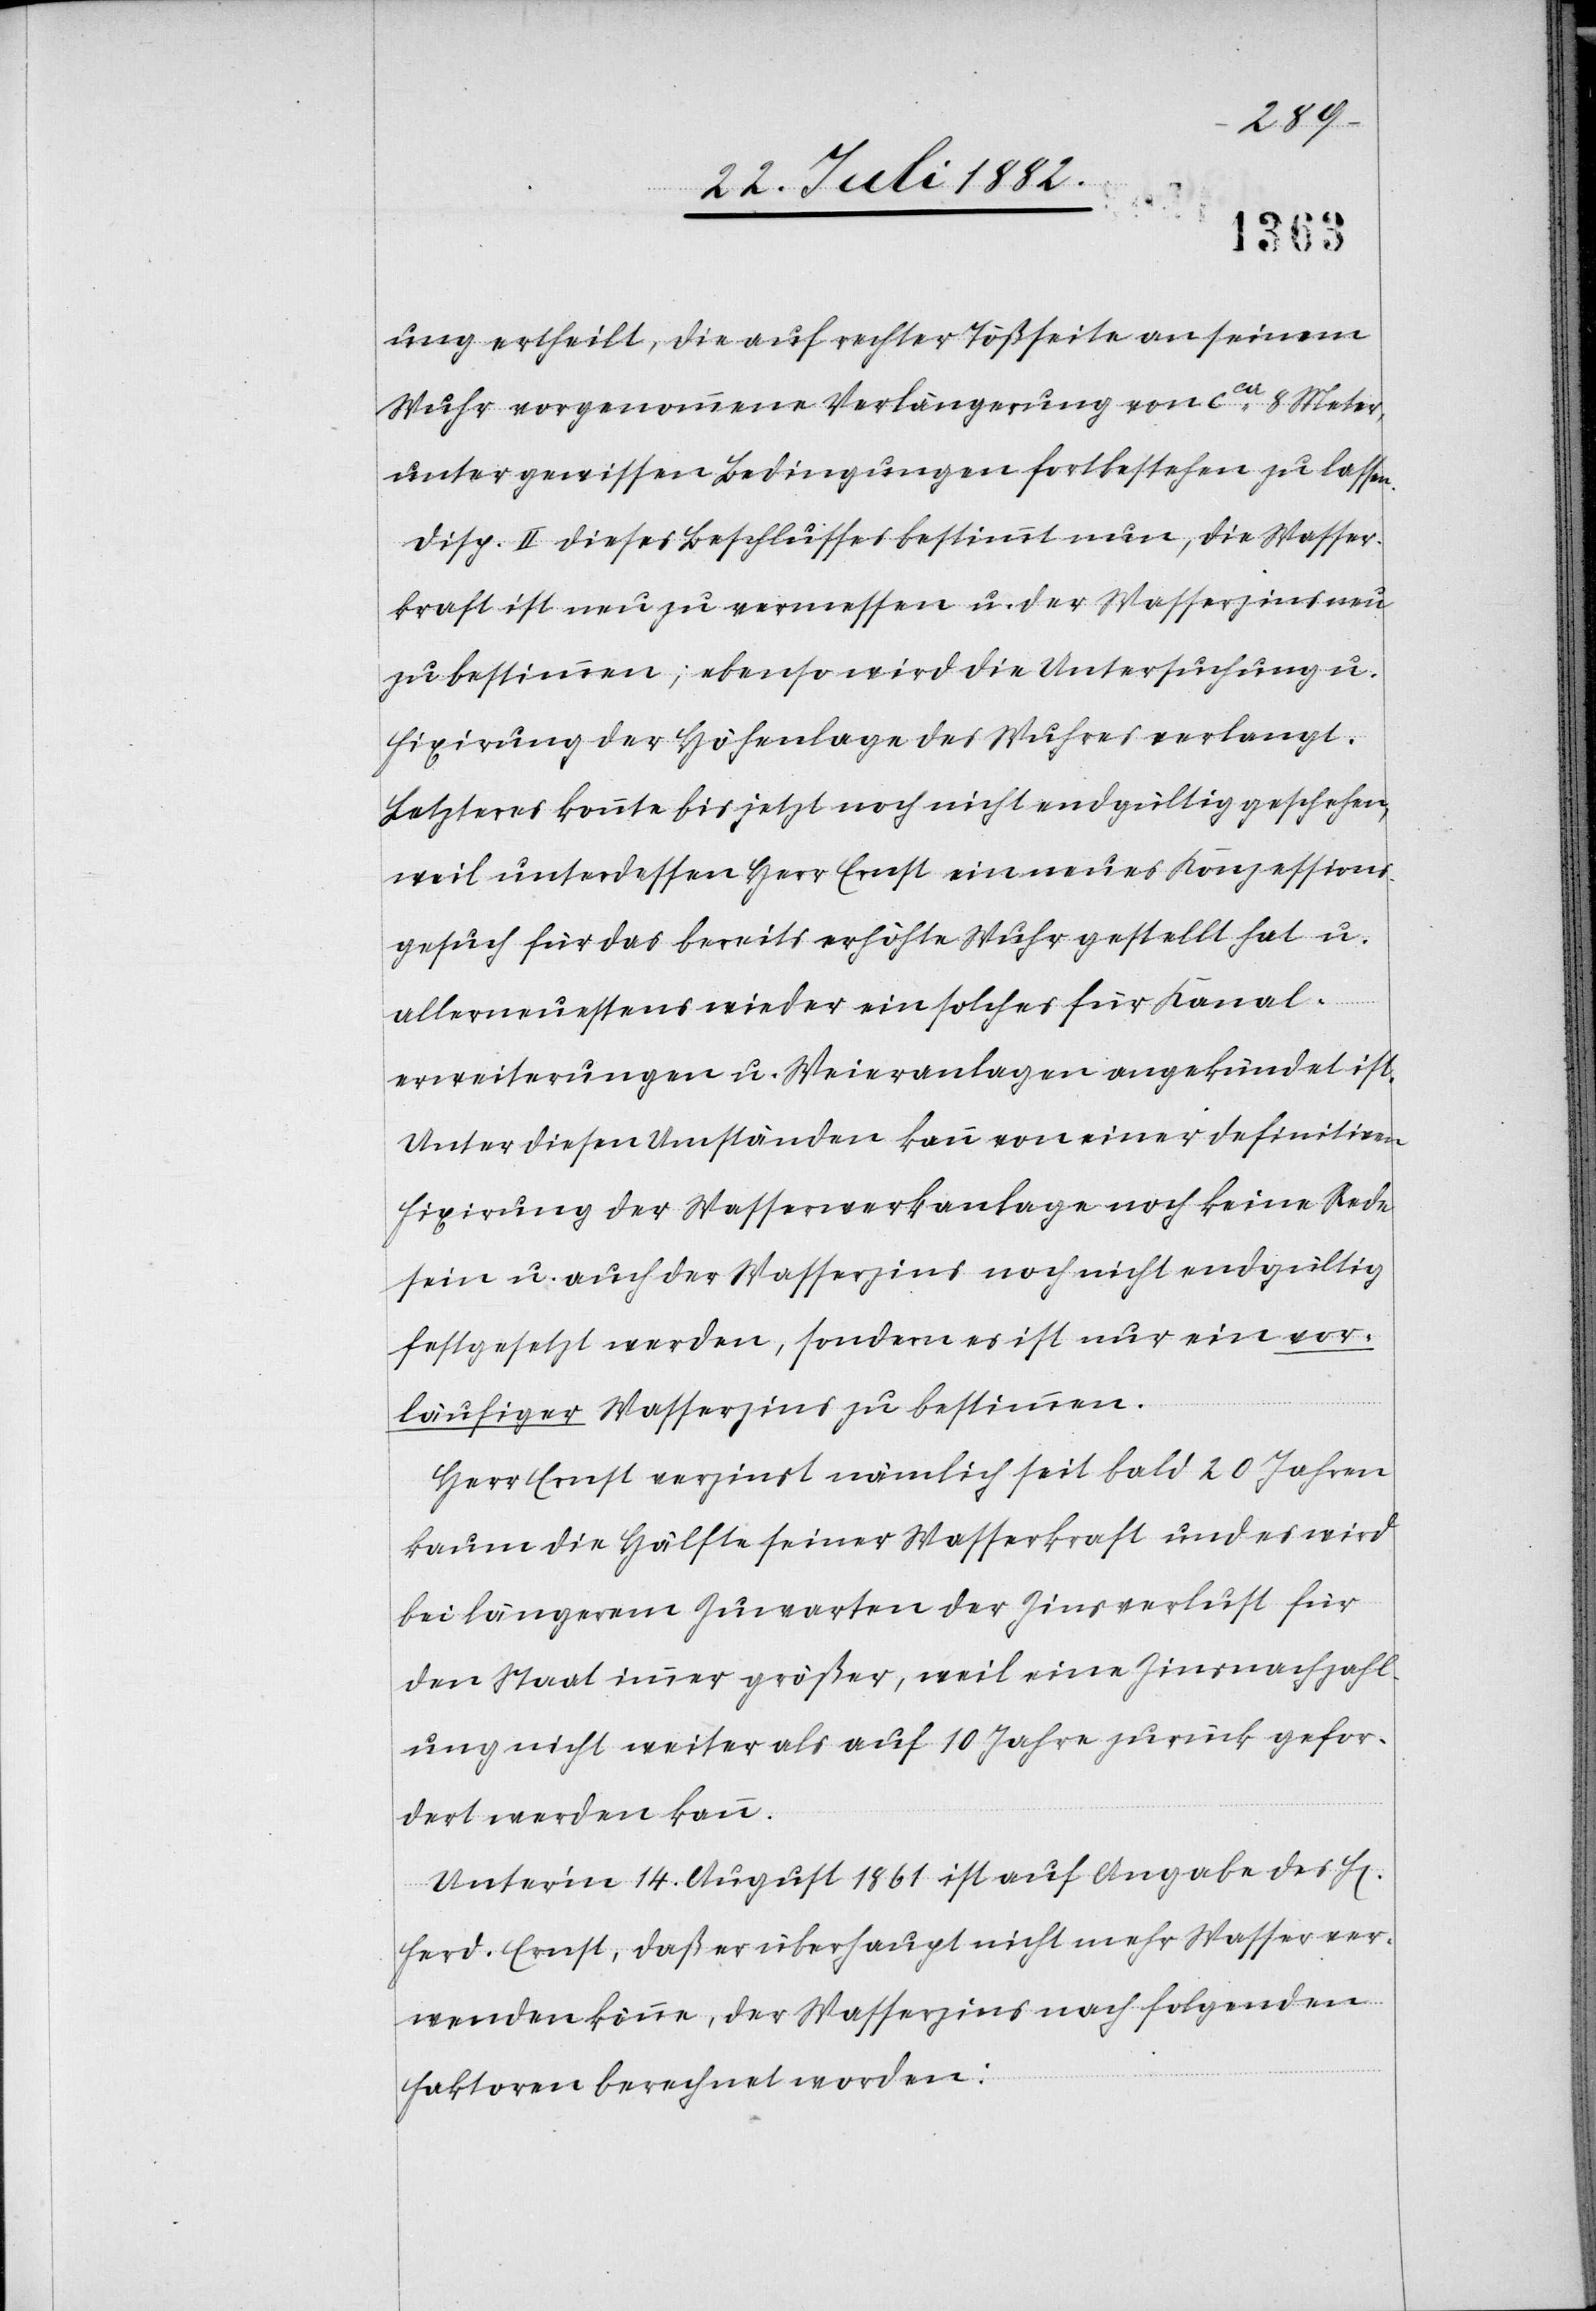
ung ertheilt, die auf rechter Tößseite an seinem
Wuhr vorgenommene Verlängerung von ca 8 Meter,
unter gewissen Bedingungen fortbestehen zu lassen.
Disp. II dieses Beschlusses bestimmt nun, die Wasser¬
kraft ist neu zu vermessen u. der Wasserzins neu
zu bestimmen; ebenso wird die Untersuchung u.
Fixirung der Höhenlage des Wuhres verlangt.
Letzteres konnte bis jetzt noch nicht endgültig geschehen,
weil unterdessen Herr Ernst ein neues Konzessions¬
gesuch für das bereits erhöhte Wuhr gestellt hat u.
allerneuestens wieder ein solches für Kanal¬
erweiterungen u. Weieranlagen angekündet ist.
Unter diesen Umständen kann von einer definitiven
Fixirung der Wasserwerkanlage noch keine Rede
sein u. auch der Wasserzins noch nicht endgültig
festgesetzt werden, sondern ist nur ein vor¬
läufiger Wasserzins zu bestimmen.
Herr Ernst verzinst nämlich seit bald 20 Jahren
kaum die Hälfte seiner Wasserkraft und es wird
bei längerem Zuwarten der Zinsverlust für
den Staat immer größer, weil eine Zinsnachzahl¬
ung nicht weiter als auf 10 Jahre zurück gefor¬
dert werden kann.
Unter’m 14. August 1861 ist auf Angabe des H[errn]
Ferd. Ernst, daß er überhaupt nicht mehr Wasser ver¬
wenden könne, der Wasserzins nach folgenden
Faktoren berechnet worden: